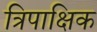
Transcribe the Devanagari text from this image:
त्रिपाक्षिक